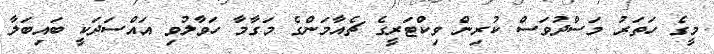
މީގެ ހަތަރު މަސްދުވަސް ކުރިން ވިކްޓަރީގެ ޗެއާމަންގެ މަގާމާ ހަވާލުވި އައްސަދަކީ ބައިބަލާ